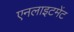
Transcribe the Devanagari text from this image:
एनलाइटमेंट